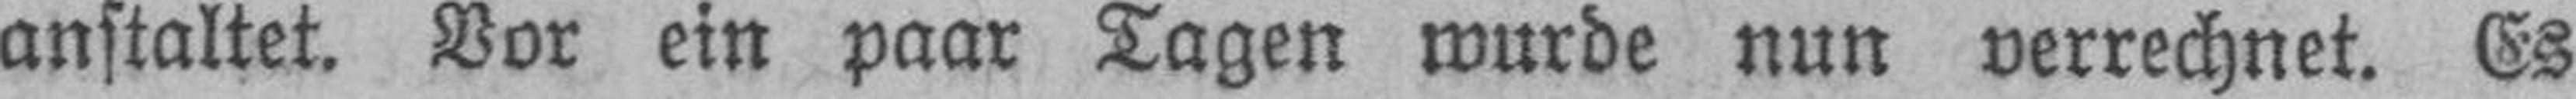
anstaltet. Vor ein paar Tagen wurde nun verrechnet. Es